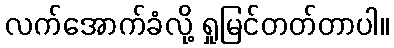
လက်အောက်ခံလို့ ရှုမြင်တတ်တာပါ။